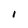
Character: I